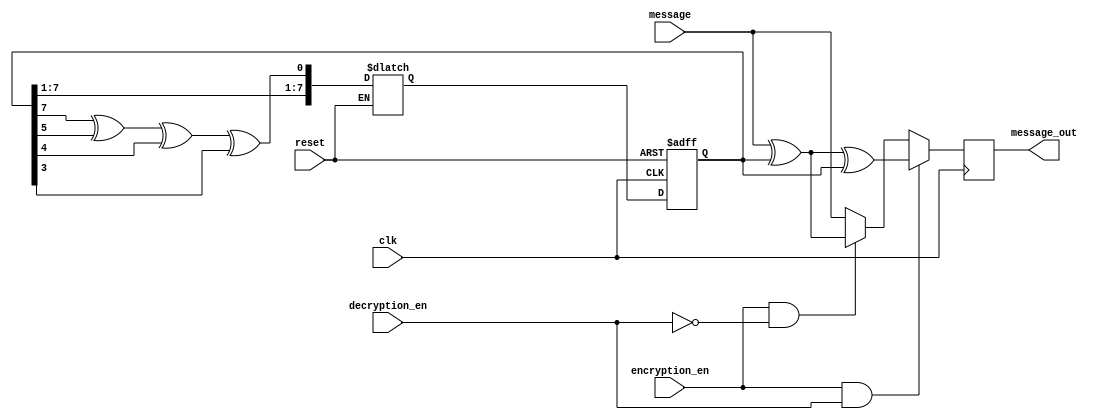
`timescale 1ns / 1ps
//////////////////////////////////////////////////////////////////////////////////
// Company: 
// Engineer: 
// 
// Design Name: 
// Module Name:    StreamCipher 
// Project Name: 
// Target Devices: 
// Tool versions: 
// Description: 
//
// Dependencies: 
//
// Revision: 
// Revision 0.01 - File Created
// Additional Comments: 
//
//////////////////////////////////////////////////////////////////////////////////
module StreamCipher#(
parameter N=8
)(
input clk,reset,
input encryption_en,decryption_en,
input [N-1:0] message, 
output  [N-1:0] message_out
);
 
reg [N-1:0] key;
reg [N-1:0] ciphertext;

reg [N-1:0] next,current;
always @( posedge clk)begin
	if(encryption_en | decryption_en )  
		current[N-1:0]<=next[N-1:0];
	else 	
		current[N-1:0]<=current[N-1:0];
	end

always @(posedge clk  )begin
	if(encryption_en & decryption_en)begin
	ciphertext[N-1:0]=message [N-1:0] ^ key[N-1:0];
	next[N-1:0]= ciphertext[N-1:0] ^ key[N-1:0];

	end
	else if(encryption_en & !decryption_en) begin
	next[N-1:0]= message[N-1:0] ^ key[N-1:0];

	end
	else  begin
	next[N-1:0]= message[N-1:0] ;
	end
	
end
assign message_out[N-1:0]=	next[N-1:0];

//********************************************************
// generation key

reg [1:N] temp;


wire feedback;   
    
assign feedback= key[7] ^ key[5] ^ key[4] ^ key[3] ;


always @(posedge clk or posedge reset)
begin
		if(reset) begin
			key<= 8'hCD; //deafult
			end
		else 
			key<=temp;
end


always @(message)
begin		
		if(!reset)
			temp<= {key[N-1:1],feedback};
end


endmodule